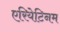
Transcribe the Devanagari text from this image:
एरियेटिनम